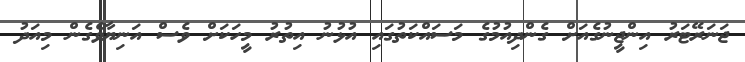
ޖަނަރޭޓަރު އިންޖީނުގެއަށް ގެންދިއުމުގެ މަސައްކަތުގައި އުޅުނު އިތުރު މީހަކަށް ވެސް އަނިޔާވެގެން މިއަދު